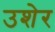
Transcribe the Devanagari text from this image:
उशेर